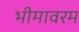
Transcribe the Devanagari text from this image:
भीमावरम